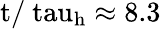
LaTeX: \mathrm{t/\ tau_{h}\approx 8.3}